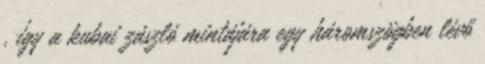
, így a kubai zászló mintájára egy háromszögben lévő